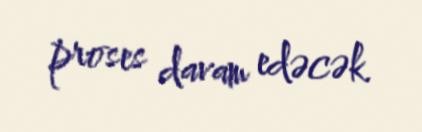
proses davam edəcək.